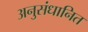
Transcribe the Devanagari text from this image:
अनुसंधानित